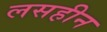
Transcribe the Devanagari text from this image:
लसहीन